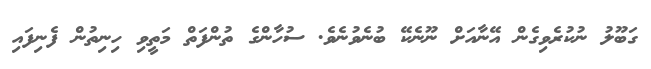
ގަބޫލު ނުކުރެވިގެން އޭނާއަށް ނޫނެކޭ ބުނެވުނެވެ. ސުހާންގެ ތުންފަތް މަތީވި ހިނިތުން ފެނިފައި